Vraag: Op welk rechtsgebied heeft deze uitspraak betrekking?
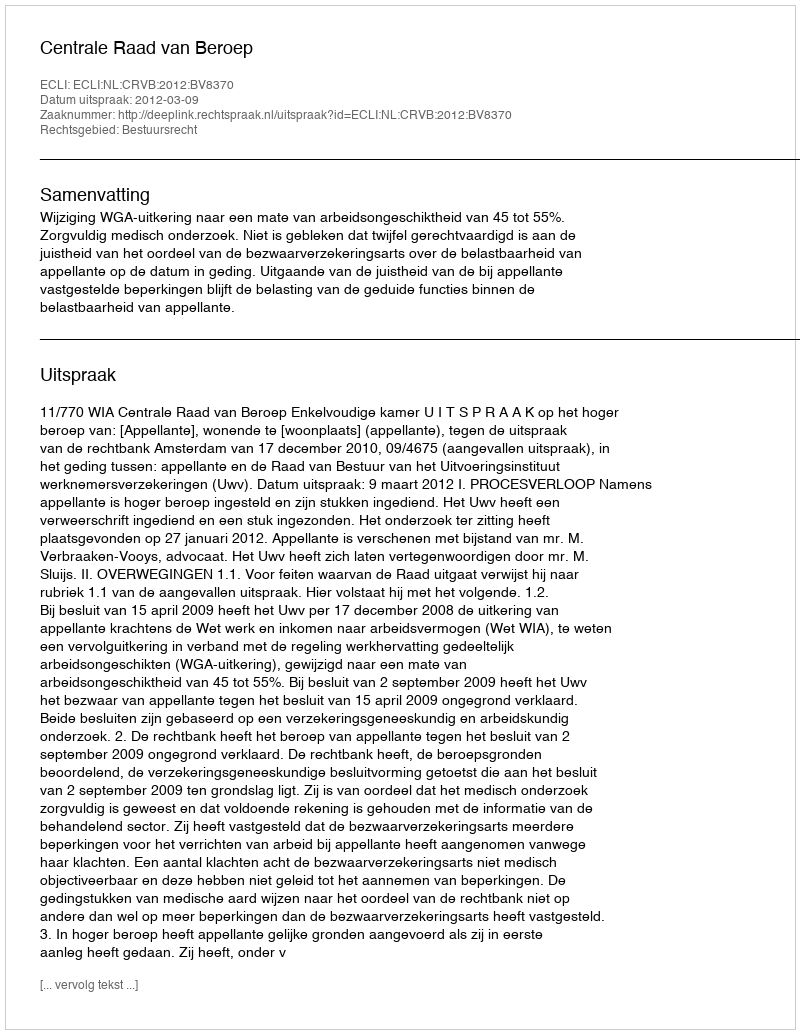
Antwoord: Bestuursrecht